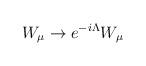
LaTeX: \begin{align*}W_{\mu} \rightarrow e^{-i \Lambda} W_{\mu}\end{align*}